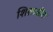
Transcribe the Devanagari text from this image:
शिलासीत